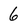
Character: 6